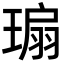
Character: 𬎁